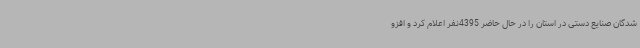
شدگان صنایع دستی در استان را در حال حاضر 4395نفر اعلام کرد و افزو